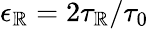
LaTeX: \epsilon_{\mathbb{R}}=2\tau_{\mathbb{R}}/\tau_{0}